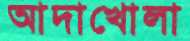
আদাখোলা